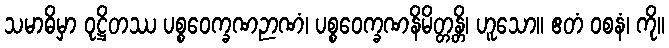
သမာဓိမှာ ဝုဋ္ဌိတဿ ပစ္စဝေက္ခဏဉာဏံ၊ ပစ္စဝေက္ခဏနိမိတ္တန္တိ၊ ဟူသော။ ဧတံ ဝစနံ၊ ကို။